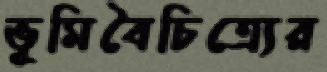
ভূমিবৈচিত্র্যের